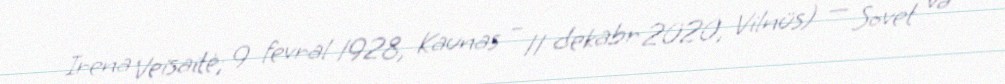
Irena Veisaitė; 9 fevral 1928, Kaunas – 11 dekabr 2020, Vilnüs) — Sovet və